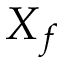
X _ { f }